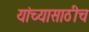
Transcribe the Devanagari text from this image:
यांच्यासाठीच